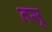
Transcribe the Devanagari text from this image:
तसु